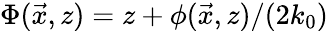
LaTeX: \begin{array}{r}{\Phi(\vec{x},z)=z+\phi(\vec{x},z)/(2k_{0})}\end{array}